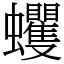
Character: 蠼